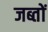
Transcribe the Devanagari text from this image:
जब्तों